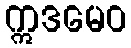
ဣဒမေဝ